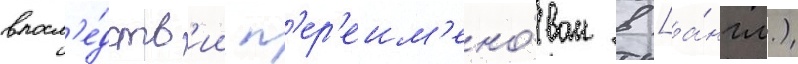
впосл'е́дств'ии п'ер'еим'ено́ван в [а́нгл.)